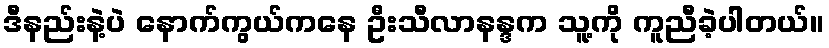
ဒီနည်းနဲ့ပဲ နောက်ကွယ်ကနေ ဦးသီလာနန္ဒက သူ့ကို ကူညီခဲ့ပါတယ်။